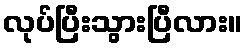
လုပ်ပြီးသွားပြီလား။